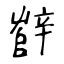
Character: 辥